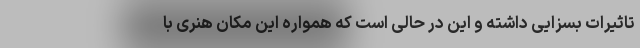
تاثیرات بسزایی داشته و این در حالی است که همواره این مکان هنری با